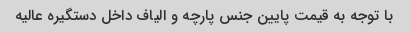
با توجه به قیمت پایین جنس پارچه و الیاف داخل دستگیره عالیه